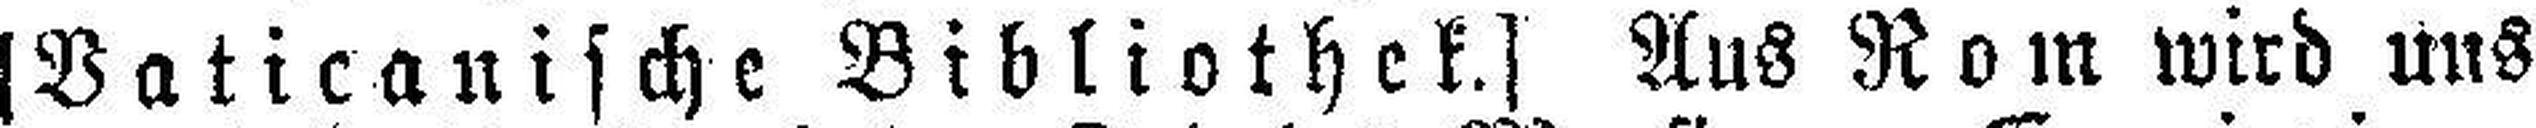
[Vaticanische Bibliothek.] Aus Rom wird uns